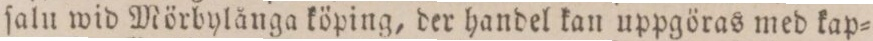
ſalu wid Mörbylånga köping, der handel kan uppgöras med kap=